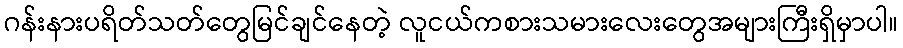
ဂန်းနားပရိတ်သတ်တွေမြင်ချင်နေတဲ့ လူငယ်ကစားသမားလေးတွေအများကြီးရှိမှာပါ။